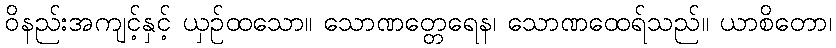
ဝိနည်းအကျင့်နှင့် ယှဉ်ထသော။ သောဏတ္တေရေန၊ သောဏထေရ်သည်။ ယာစိတော၊